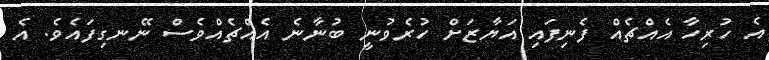
އެ ހުރިހާ އެއްޗެއް ފެނިފައި އަޔާޒަށް ހުރެވުނީ ބުނާނެ އެއްޗެއްވެސް ނޭނގިފައެވެ. އެ